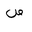
Letter: _sad